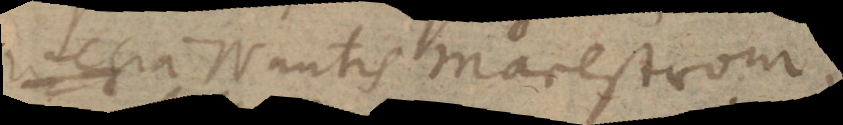
wegia Nautis Maelstrom,